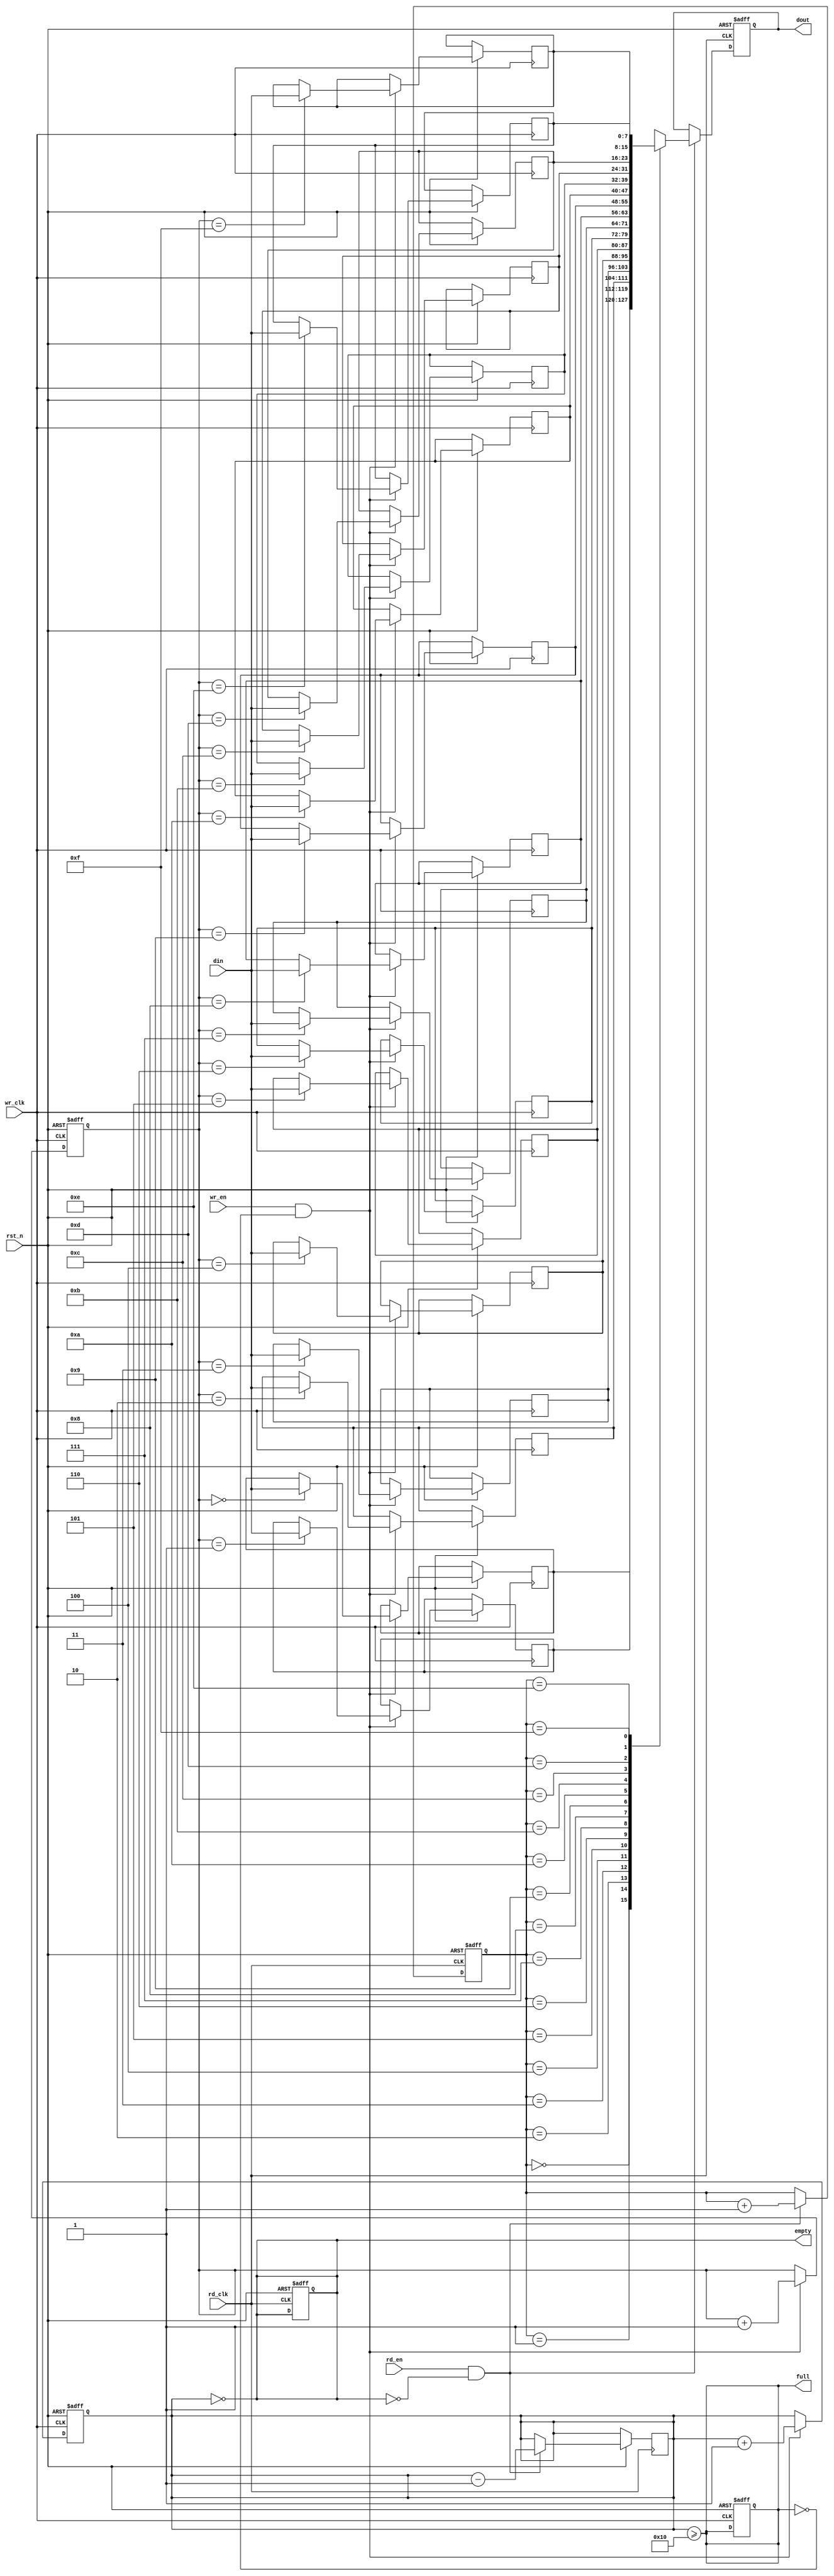
module dual_clock_fifo #(
    parameter DATA_WIDTH = 8,  // Width of each data entry
    parameter FIFO_DEPTH = 16   // Number of entries in the FIFO
)(
    input wire wr_clk,           // Write clock
    input wire rd_clk,           // Read clock
    input wire rst_n,            // Asynchronous reset (active low)
    input wire wr_en,            // Write enable
    input wire rd_en,            // Read enable
    input wire [DATA_WIDTH-1:0] din, // Data input
    output reg [DATA_WIDTH-1:0] dout, // Data output
    output reg full,             // FIFO full flag
    output reg empty             // FIFO empty flag
);

    // Memory array for FIFO
    reg [DATA_WIDTH-1:0] fifo_mem [0:FIFO_DEPTH-1];

    // Write and read pointers
    reg [$clog2(FIFO_DEPTH)-1:0] wr_ptr;
    reg [$clog2(FIFO_DEPTH)-1:0] rd_ptr;

    // Synchronization registers for pointers
    reg [$clog2(FIFO_DEPTH)-1:0] rd_ptr_sync;
    reg [$clog2(FIFO_DEPTH)-1:0] wr_ptr_sync;

    // FIFO status
    reg [FIFO_DEPTH:0] fifo_count; // Count of items in FIFO

    // Asynchronous reset
    always @(posedge wr_clk or negedge rst_n) begin
        if (!rst_n) begin
            wr_ptr <= 0;
            fifo_count <= 0;
            full <= 0;
        end else if (wr_en && !full) begin
            fifo_mem[wr_ptr] <= din; // Write data to FIFO
            wr_ptr <= wr_ptr + 1;
            fifo_count <= fifo_count + 1;
        end
    end

    always @(posedge rd_clk or negedge rst_n) begin
        if (!rst_n) begin
            rd_ptr <= 0;
            dout <= 0;
            empty <= 1;
        end else if (rd_en && !empty) begin
            dout <= fifo_mem[rd_ptr]; // Read data from FIFO
            rd_ptr <= rd_ptr + 1;
            fifo_count <= fifo_count - 1;
        end
    end

    // Full and empty flag logic
    always @(*) begin
        full = (fifo_count >= FIFO_DEPTH);
        empty = (fifo_count == 0);
    end

    // Synchronize read pointer to write clock domain
    always @(posedge wr_clk or negedge rst_n) begin
        if (!rst_n) begin
            wr_ptr_sync <= 0;
        end else begin
            wr_ptr_sync <= wr_ptr;
        end
    end

    // Synchronize write pointer to read clock domain
    always @(posedge rd_clk or negedge rst_n) begin
        if (!rst_n) begin
            rd_ptr_sync <= 0;
        end else begin
            rd_ptr_sync <= rd_ptr;
        end
    end

endmodule